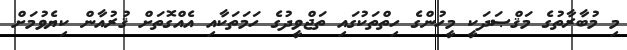
މި މުބާރާތުގެ މަޤްޞަދަކީ މީހުންގެ ހިތްތަކުގައި ތަޖްވީދުގެ ހަމަތަކާއި އެއްގޮތަށް ޤުރުއާން ކިޔެވުމަށް